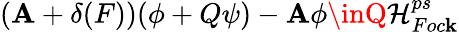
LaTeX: (\mathbf{A}+\delta(F))(\phi+Q\psi)-\mathbf{A}\phi\inQ\mathcal{H}_{Foc\mathbf{k}}^{ps}